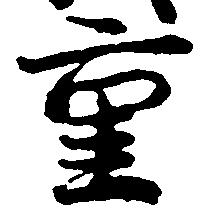
重